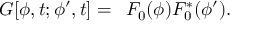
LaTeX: G [ \phi , t ; \phi ^ { \prime } , t ] = \, \ F _ { 0 } ( \phi ) F _ { 0 } ^ { \ast } ( \phi ^ { \prime } ) .